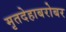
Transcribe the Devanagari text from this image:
मृतदेहाबरोबर